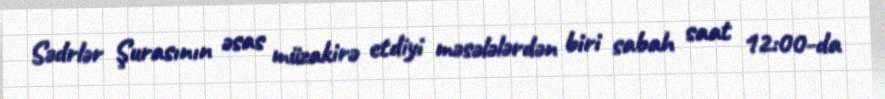
Sədrlər Şurasının əsas müzakirə etdiyi məsələlərdən biri sabah saat 12:00-da